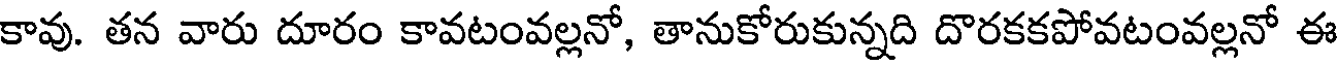
కావు. తన వారు దూరం కావటంవల్లనో, తానుకోరుకున్నది దొరకకపోవటంవల్లనో ఈ